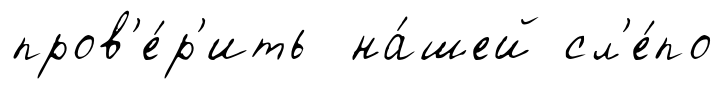
пров'е́р'ить на́шей сл'е́по